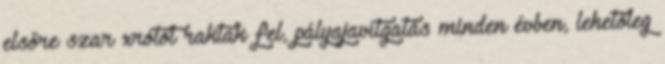
elsőre szar xrótot raktak fel, pályajavítgatás minden évben, lehetőleg